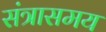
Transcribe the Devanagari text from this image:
संत्रासमय